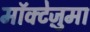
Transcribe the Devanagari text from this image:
मॉक्टेज़ुमा